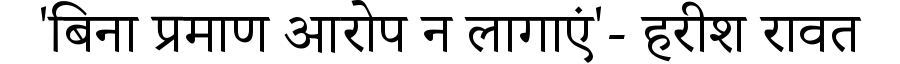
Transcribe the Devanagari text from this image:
'बिना प्रमाण आरोप न लागाएं'- हरीश रावत